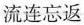
流连忘返